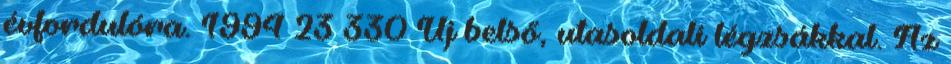
évfordulóra. 1994 23 330 Új belső, utasoldali légzsákkal. Az